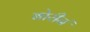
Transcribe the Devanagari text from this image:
बोरीनं